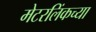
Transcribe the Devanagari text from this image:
मेटरलिंकच्या